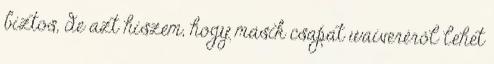
biztos, de azt hiszem, hogy másik csapat waiveréről lehet